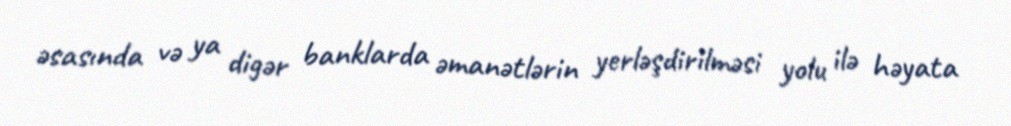
əsasında və ya digər banklarda əmanətlərin yerləşdirilməsi yolu ilə həyata